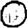
Digit: 0